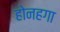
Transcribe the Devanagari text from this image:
होनहगा